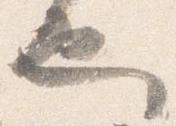
也